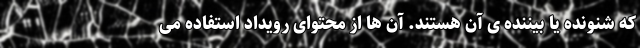
که شنونده یا بیننده ی آن هستند. آن ها از محتوای رویداد استفاده می